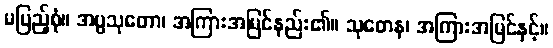
မပြည့်စုံ။ အပ္ပသုတော၊ အကြားအမြင်နည်း၏။ သုတေန၊ အကြားအမြင်နှင့်။